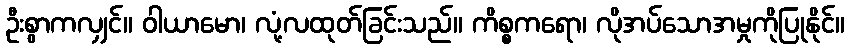
ဦးစွာကလျှင်။ ဝါယာမော၊ လုံ့လထုတ်ခြင်းသည်။ ကိစ္စကရော၊ လိုအပ်သောအမှုကိုပြုနိုင်။